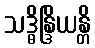
သဒ္ဓိန္ဒြိယန္တိ